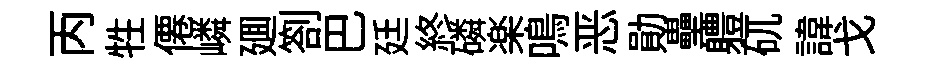
丙牲僊嶙廽劄巴廷終磷楽鳴恶勛壘軆矹諱戈